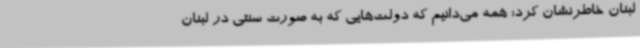
لبنان خاطرنشان کرد: همه می‌دانیم که دولت‌هایی که به صورت سنتی در لبنان